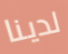
لدينا